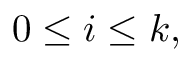
0 \leq i \leq k ,